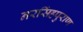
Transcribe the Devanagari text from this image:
नरसिंहपुराण